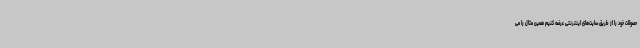
حصولات خود را از طریق سایت‌های اینترنتی عرضه کنیم همین مثال را می